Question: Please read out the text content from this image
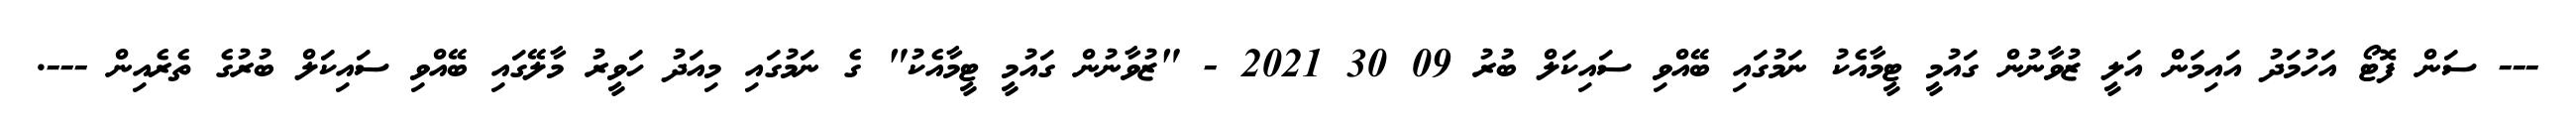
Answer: --- ސަން ފޮޓޯ އަހުމަދު އައިމަން އަލީ ޒުވާނުން ގައުމީ ޓީމާއެކު ނަމުގައި ބޭއްވި ސައިކަލް ބުރު 09 30 2021 - "ޒުވާނުން ގައުމީ ޓީމާއެކު" ގެ ނަމުގައި މިއަދު ހަވީރު މާލޭގައި ބޭއްވި ސައިކަލް ބުރުގެ ތެރެއިން ---.